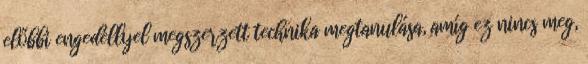
előbbi engedéllyel megszerzett technika megtanulása, amíg ez nincs meg,